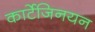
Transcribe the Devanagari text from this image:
कार्टेजिनयन